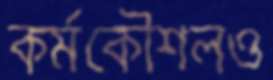
কর্মকৌশলও